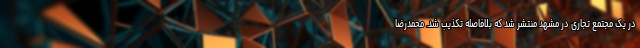
در یک مجتمع تجاری در مشهد منتشر شد که بلافاصله تکذیب شد. محمدرضا